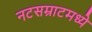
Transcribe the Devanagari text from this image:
नटसम्राटमध्ये